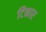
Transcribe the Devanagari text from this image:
टिकार